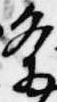
条